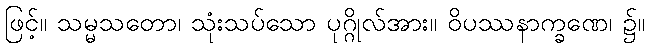
ဖြင့်။ သမ္မသတော၊ သုံးသပ်သော ပုဂ္ဂိုလ်အား။ ဝိပဿနာက္ခဏေ၊ ၌။